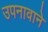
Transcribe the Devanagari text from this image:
उपनावाने